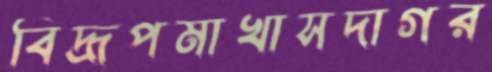
বিদ্রূপমাখাসদাগর